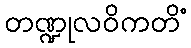
တဏ္ဍုလဝိကတိံ